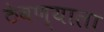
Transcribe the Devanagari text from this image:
ठेवण्याला